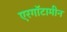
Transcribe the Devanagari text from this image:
एरगॉटामीन